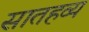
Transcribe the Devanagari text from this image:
सातहव्य